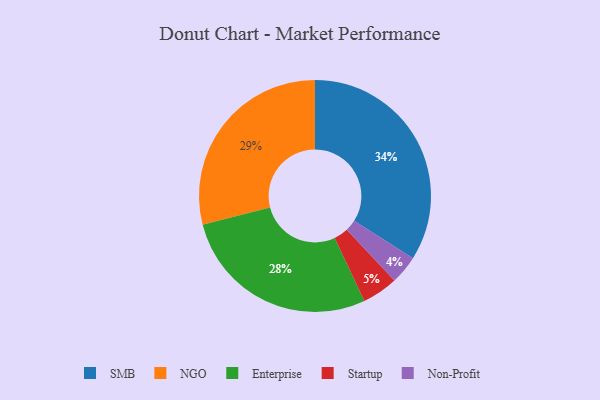
{"axis": {"x": "Category", "y": "Percentage"}, "legend": ["Enterprise", "NGO", "Non-Profit", "SMB", "Startup"], "data": [{"x": "NGO", "y": 29, "type": "NGO"}, {"x": "SMB", "y": 34, "type": "SMB"}, {"x": "Enterprise", "y": 28, "type": "Enterprise"}, {"x": "Non-Profit", "y": 4, "type": "Non-Profit"}, {"x": "Startup", "y": 5, "type": "Startup"}]}